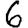
Digit: 6